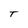
Character: T